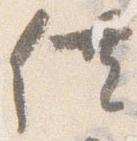
供